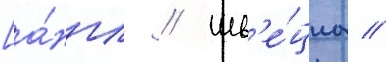
[а́нгл. // Шв'е́циа //